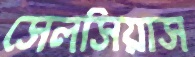
সেলসিয়াস